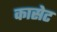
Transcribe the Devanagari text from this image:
कासेट